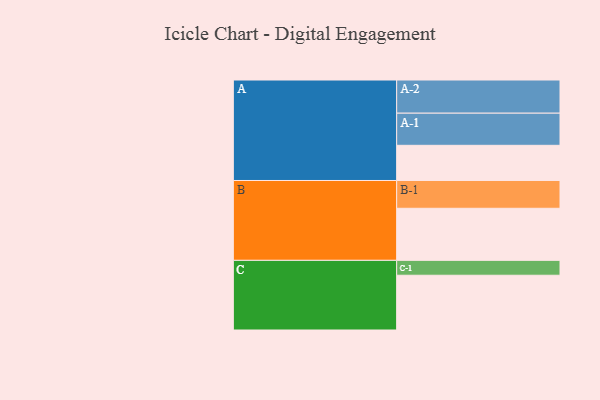
{"axis": {"x": "Segment", "y": "Value"}, "legend": ["", "A", "B", "C"], "data": [{"x": "A", "y": 300, "type": ""}, {"x": "B", "y": 444, "type": ""}, {"x": "C", "y": 467, "type": ""}, {"x": "A-1", "y": 274, "type": "A"}, {"x": "A-2", "y": 283, "type": "A"}, {"x": "B-1", "y": 237, "type": "B"}, {"x": "C-1", "y": 127, "type": "C"}]}